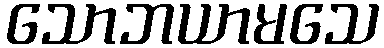
သောဘယာမသေ